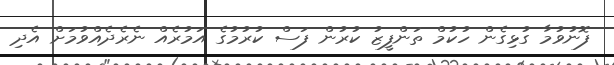
ފޮނުވުމާ ގުޅިގެން ހުކުމް ތަންފީޒު ކުރުން ފަސް ކުރުމުގެ އަމުރެއް ނެރެދެއްވުމަށް އެދި